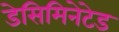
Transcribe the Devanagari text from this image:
डेसिमिनेटेड